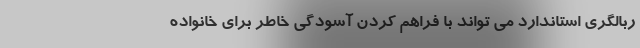
ربالگری استاندارد می تواند با فراهم کردن آسودگی خاطر برای خانواده